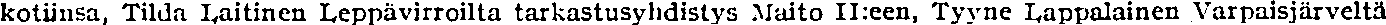
kotiinsa, Tilda Laitinen Leppävirroilta tarkastusyhdistys Maito II:een, Tyyne Lappalainen Varpaisjärveltä